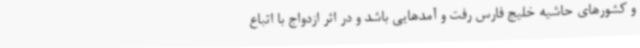
و کشورهای حاشیه خلیج فارس رفت و آمدهایی باشد و در اثر ازدواج با اتباع